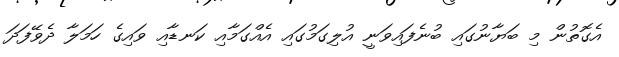
އެގޮތުން މި ބަޔާނުގައި ބުނެފައިވަނީ އުލިގަމުގައި އެއްގަމާއި ކަނޑާއި ވައިގެ ހަމަލާ ދެވޭފަދަ